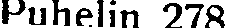
Puhelin 278